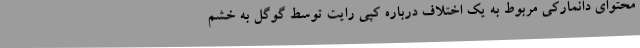
محتوای دانمارکی مربوط به یک اختلاف درباره کپی رایت توسط گوگل به خشم